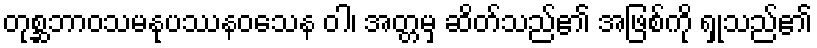
တုစ္ဆဘာဝသမနုပဿနဝသေန ဝါ၊ အတ္တမှ ဆိတ်သည်၏ အဖြစ်ကို ရှုသည်၏